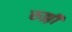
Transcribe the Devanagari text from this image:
रुझ़ी